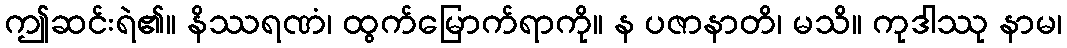
ဤဆင်းရဲ၏။ နိဿရဏံ၊ ထွက်မြောက်ရာကို။ န ပဇာနာတိ၊ မသိ။ ကုဒါဿု နာမ၊